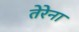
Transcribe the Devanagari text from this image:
तेरेना